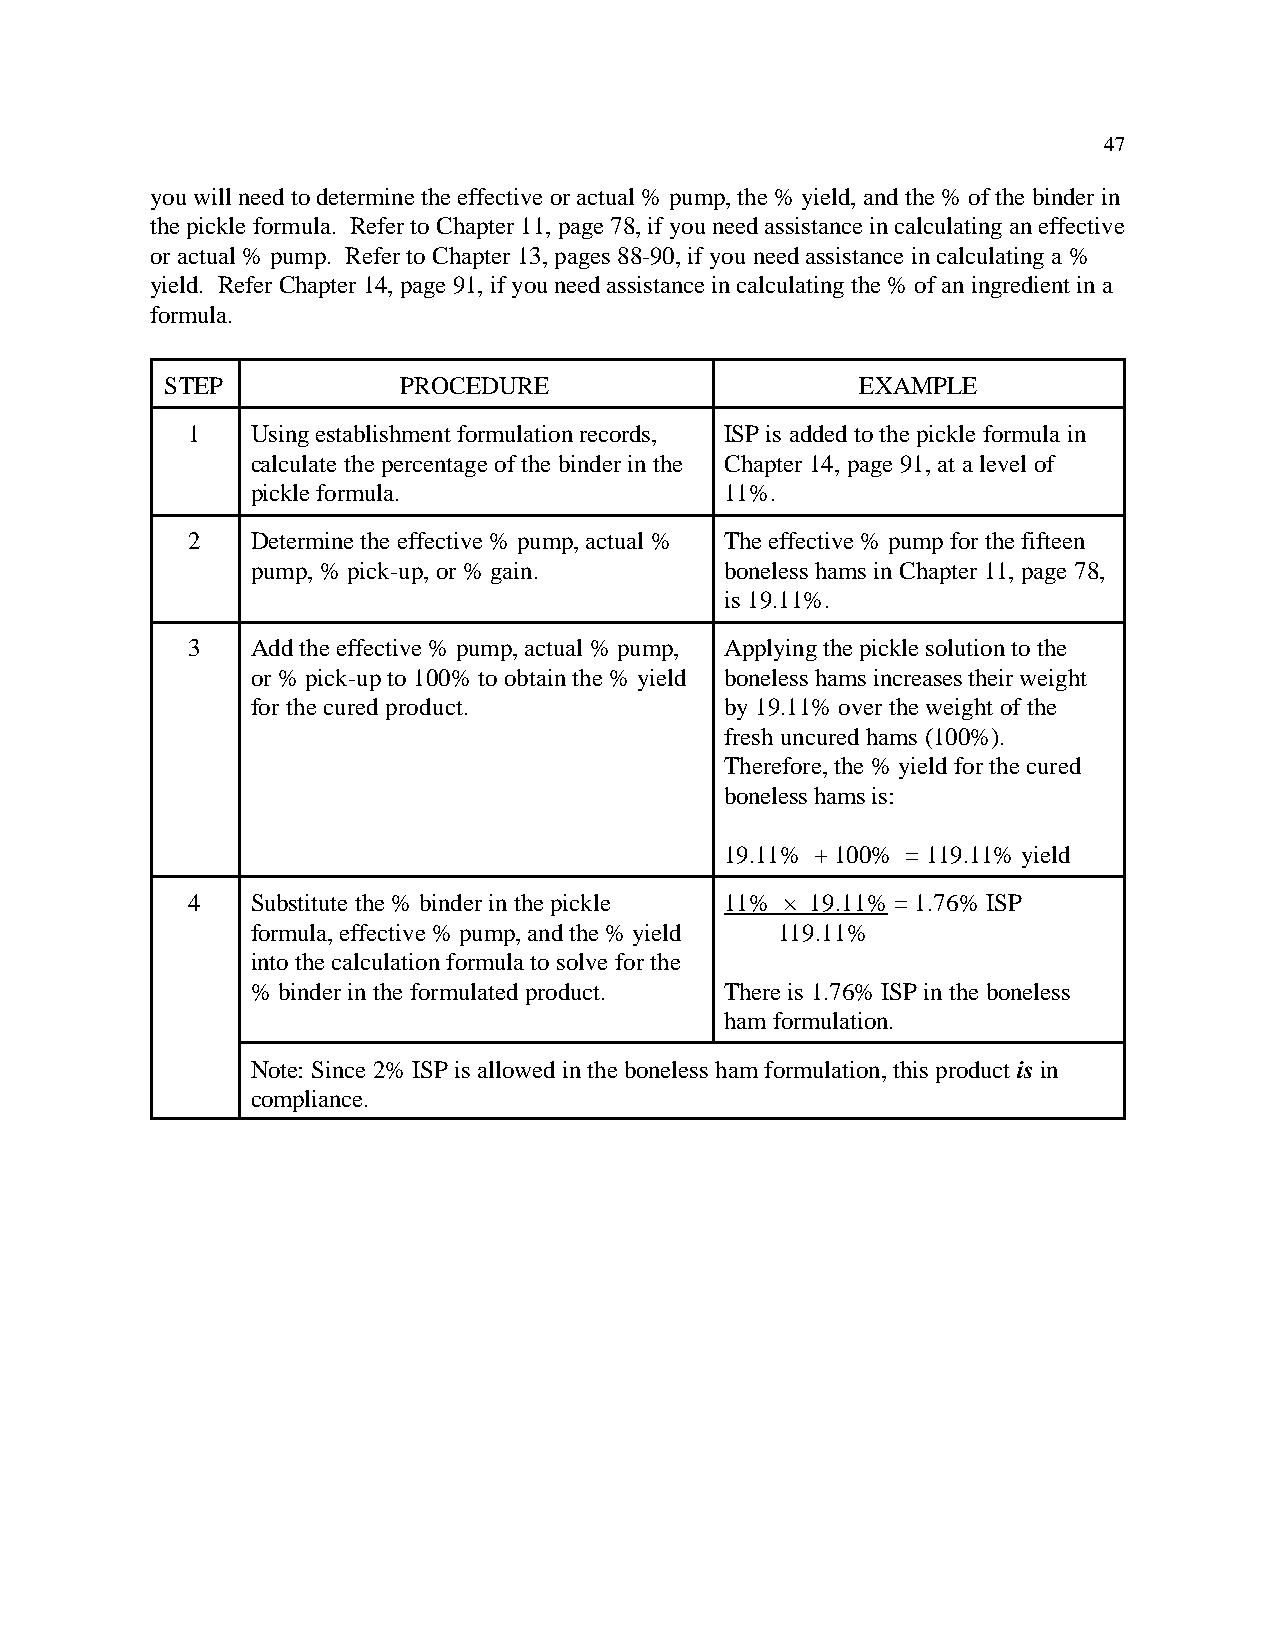
47
 you will need to determine the effective or actual % pump, the % yield, and the % of the binder in
 the pickle formula. Refer to Chapter 11, page 78, if you need assistance in calculating an effective
 or actual % pump. Refer to Chapter 13, pages 88-90, if you need assistance in calculating a %
 yield. Refer Chapter 14, page 91, if you need assistance in calculating the % of an ingredient in a
 formula.
 STEP            PROCEDURE                     EXAMPLE
 1    Using establishment formulation records, ISP is added to the pickle formula in
 calculate the percentage of the binder in the Chapter 14, page 91, at a level of
 pickle formula.                11%.
 2    Determine the effective % pump, actual % The effective % pump for the fifteen
 pump, % pick-up, or % gain.    boneless hams in Chapter 11, page 78,
 is 19.11%.
 3    Add the effective % pump, actual % pump, Applying the pickle solution to the
 or % pick-up to 100% to obtain the % yield boneless hams increases their weight
 for the cured product.         by 19.11% over the weight of the
 fresh uncured hams (100%).
 Therefore, the % yield for the cured
 boneless hams is:
 19.11% + 100% = 119.11% yield
 4    Substitute the % binder in the pickle 11% × 19.11% = 1.76% ISP
 formula, effective % pump, and the % yield 119.11%
 into the calculation formula to solve for the
 % binder in the formulated product. There is 1.76% ISP in the boneless
 ham formulation.
 Note: Since 2% ISP is allowed in the boneless ham formulation, this product is in
 compliance.